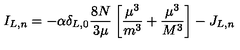
I _ { L , n } = - \alpha \delta _ { L , 0 } \frac { 8 N } { 3 \mu } \left[ \frac { \mu ^ { 3 } } { m ^ { 3 } } + \frac { \mu ^ { 3 } } { M ^ { 3 } } \right] - J _ { L , n }